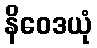
နိဝေဒယုံ